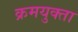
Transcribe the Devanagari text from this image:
क्रमयुक्ता